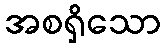
အစရှိသော